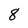
Character: 8